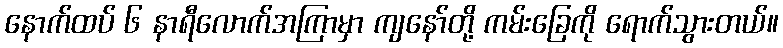
နောက်ထပ် ၆ နာရီလောက်အကြာမှာ ကျနော်တို့ ကမ်းခြေကို ရောက်သွားတယ်။